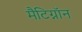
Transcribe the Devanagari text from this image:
मैटिग्नॉन